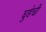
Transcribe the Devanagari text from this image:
घुडेची